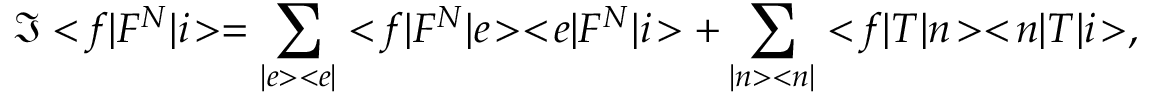
\Im < \! f | F ^ { N } | i \! > = \sum _ { | e > < e | } < \! f | F ^ { N } | e \! > < \! e | F ^ { N } | i \! > + \sum _ { | n > < n | } < \! f | T | n \! > < \! n | T | i \! > ,